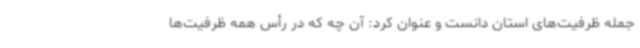
جمله ظرفیت‌های استان دانست و عنوان کرد: آن چه که در رأس همه ظرفیت‌ها